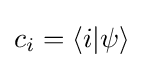
c_{i}=\langle i|\psi \rangle